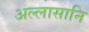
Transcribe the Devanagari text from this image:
अल्लासानि